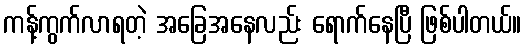
ကန့်ကွက်လာရတဲ့ အခြေအနေလည်း ရောက်နေပြီ ဖြစ်ပါတယ်။